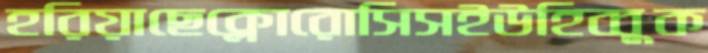
হরিয়াছেক্লোরোসিসইউহিব্বুক